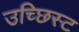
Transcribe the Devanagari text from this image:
उच्छिस्ट